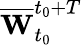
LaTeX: \overline{{\mathbf{W}}}_{t_{0}}^{t_{0}+T}